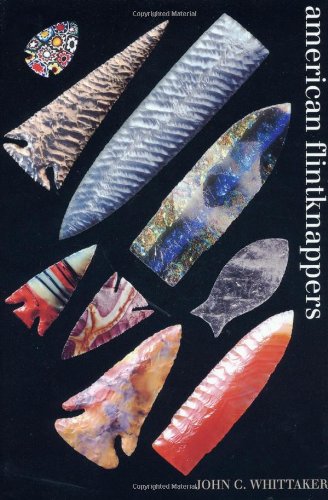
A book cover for American Flintknappers: Stone Age Art in the Age of Computers; John C. Whittaker; Crafts, Hobbies & Home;